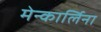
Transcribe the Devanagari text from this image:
मेन्कार्लिना